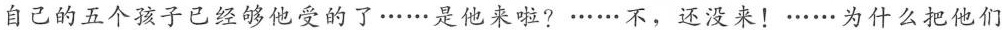
自己的五个孩子已经够他受的了……是他来啦？……不，还没来！……为什么把他们